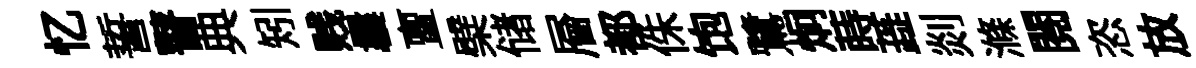
忆誓瞽典矧贱曩亶檗储層都侏饱鷺炯蒔蕋剡滌閲恣放